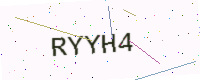
Text: RYYH4